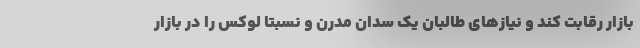
بازار رقابت کند و نیازهای طالبان یک سدان مدرن و نسبتا لوکس را در بازار